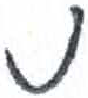
אות: נ